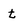
Character: t